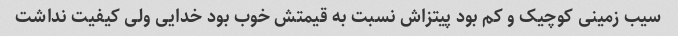
سیب زمینی کوچیک و کم بود پیتزاش نسبت به قیمتش خوب بود خدایی ولی کیفیت نداشت